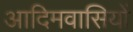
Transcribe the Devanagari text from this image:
आदिमवासियों